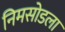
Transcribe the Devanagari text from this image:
निमसोडला